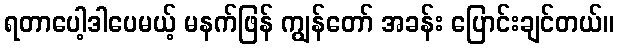
ရတာပေါ့ဒါပေမယ့် မနက်ဖြန် ကျွန်တော် အခန်း ပြောင်းချင်တယ်။